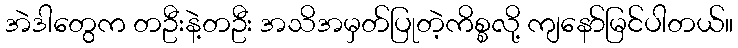
အဲဒါတွေက တဦးနဲ့တဦး အသိအမှတ်ပြုတဲ့ကိစ္စလို့ ကျနော်မြင်ပါတယ်။